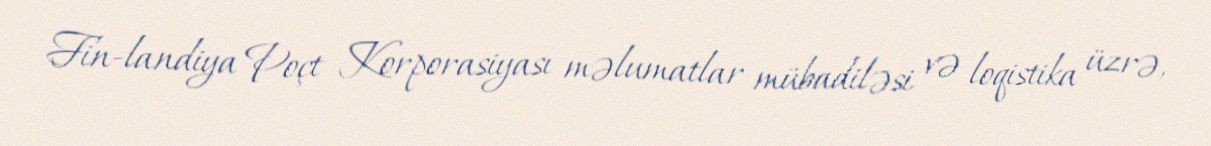
Fin-landiya Poçt Korporasiyası məlumatlar mübadiləsi və loqistika üzrə,